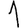
Digit: 1